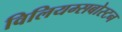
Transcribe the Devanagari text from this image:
विलियम्सबोस्टन